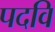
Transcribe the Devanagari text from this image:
पदवि